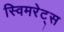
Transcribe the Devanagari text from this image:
स्विमरेट्स